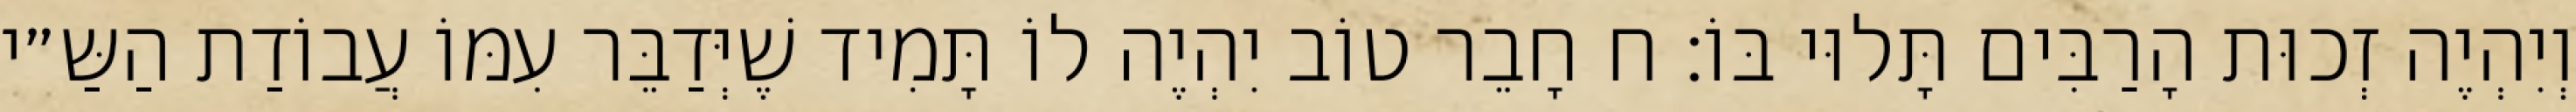
וְיִהְיֶה זְכוּת הָרַבִּים תָּלוּי בּוֹ: ח חָבֵר טוֹב יִהְיֶה לוֹ תָּמִיד שֶׁיְּדַבֵּר עִמּוֹ עֲבוֹדַת הַשַּ״י